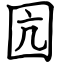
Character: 囥